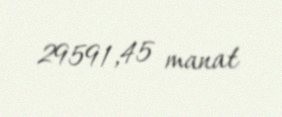
29591,45 manat